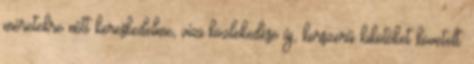
méretekre nőtt kereskedelme, vízi közlekedése új, korszerű kikötőket követelt.